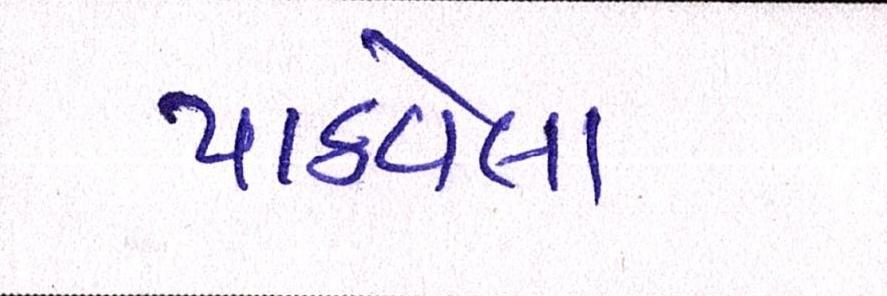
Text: પાઠવેલા